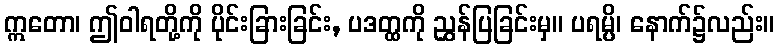
ဣတော၊ ဤဝါရတို့ကို ပိုင်းခြားခြင်း, ပဒတ္ထကို ညွှန်ပြခြင်းမှ။ ပရမ္ပိ၊ နောက်၌လည်း။